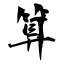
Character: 算